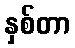
နှစ်တာ